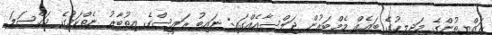
ރައްޔިތުންގެ މަޖިލީހުގެ ބައެއް މެމްބަރުން ޖަލްސާއެެއްގައި: ނައިބު ރައީސްގެ އިތުބާރު ނެތްކަމުގެ މައްސަލަ